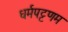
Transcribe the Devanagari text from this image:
धर्मपट्टणम